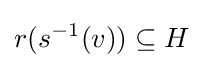
r(s^{-1}(v))\subseteq H